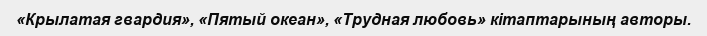
«Крылатая гвардия», «Пятый океан», «Трудная любовь» кітаптарының авторы.